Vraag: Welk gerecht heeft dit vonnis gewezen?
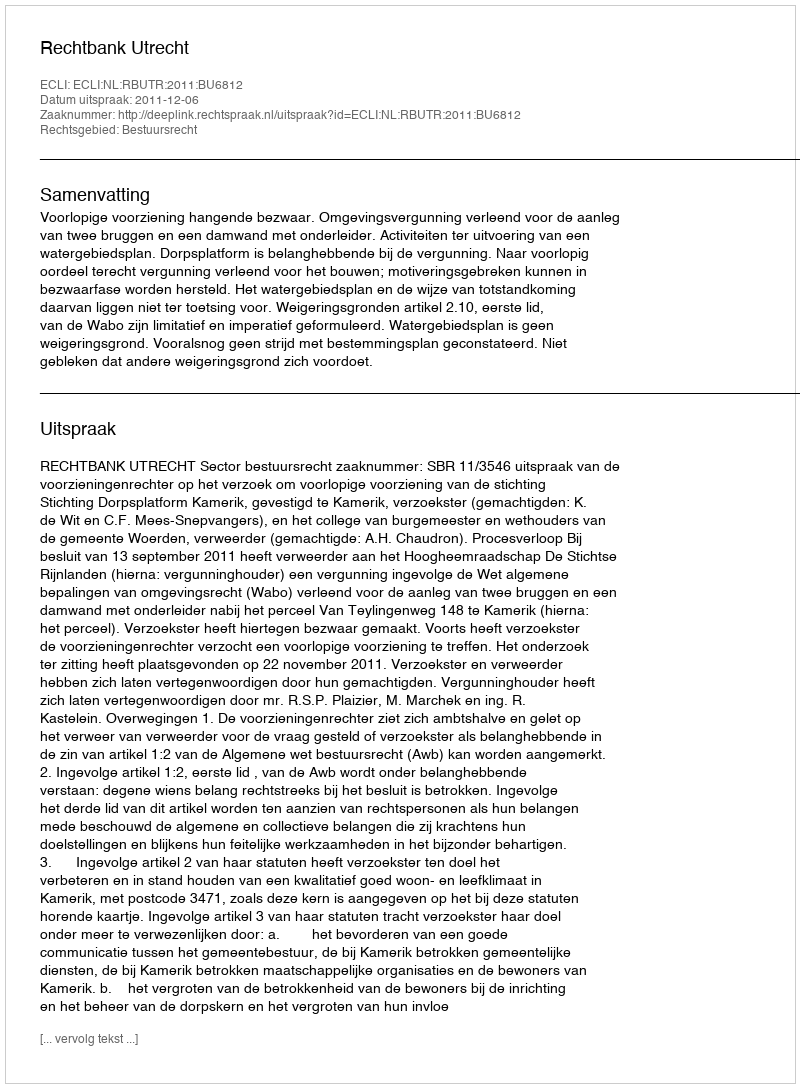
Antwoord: Rechtbank Utrecht